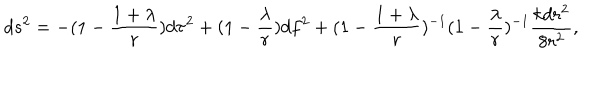
d s ^ { 2 } = - ( 1 - \frac { 1 + \lambda } { r } ) d \tau ^ { 2 } + ( 1 - \frac { \lambda } { r } ) d f ^ { 2 } + ( 1 - \frac { 1 + \lambda } { r } ) ^ { - 1 } ( 1 - \frac { \lambda } { r } ) ^ { - 1 } \frac { k d r ^ { 2 } } { 8 r ^ { 2 } } ,